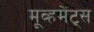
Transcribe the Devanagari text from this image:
मूव्हमेंट्स